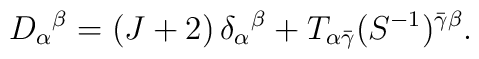
D_{\alpha}{}^\beta=(J+2)\,\delta_{\alpha}{}^{\beta}+T_{\alpha\bar\gamma}(S^{-1})^{\bar\gamma\beta}.